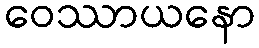
ဝေဿာယနော